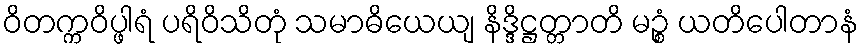
ဝိတက္ကဝိပ္ဖါရံ ပရိဝိသိတုံ သမာဓိယေယျ နိဒ္ဒိဋ္ဌတ္တာတိ မဉ္စံ ယတိပေါတာနံ